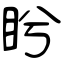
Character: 盻